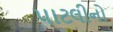
પાટલીનો